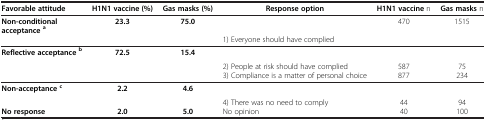
| Favorable attitude | H1N1 vaccine (%) | Gas masks (%) | Response option | H1N1 vaccine n | Gas masks n |
 | --- | --- | --- | --- | --- | --- |
 | Non-conditional acceptance a | 23.3 | 75.0 |  | 470 | 1515 |
 |  |  |  | 1) Everyone should have complied |  |  |
 | Reflective acceptance b | 72.5 | 15.4 |  |  |  |
 |  |  |  | 2) People at risk should have complied | 587 | 75 |
 |  |  |  | 3) Compliance is a matter of personal choice | 877 | 234 |
 | Non-acceptance c | 2.2 | 4.6 |  |  |  |
 |  |  |  | 4) There was no need to comply | 44 | 94 |
 | No response | 2.0 | 5.0 | No opinion | 40 | 100 |